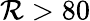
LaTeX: \mathcal{R}>80